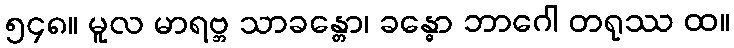
၅၄၈။ မူလ မာရဗ္ဘ သာခန္တော၊ ခန္ဓော ဘာဂေါ တရုဿ ထ။